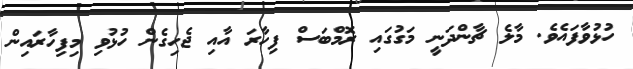
ހުޅުވާފައެވެ. މާލެ ޗާންދަނީ މަގުގައި ރޮމްބަސް ފިހާރަ އާއި ޖެހިގެން ހުޅުވި މިފިހާރައިން